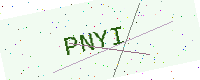
Text: PNYI